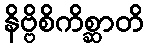
နိဗ္ဗိစိကိစ္ဆာတိ